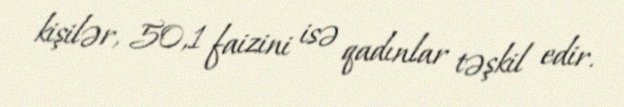
kişilər, 50,1 faizini isə qadınlar təşkil edir.